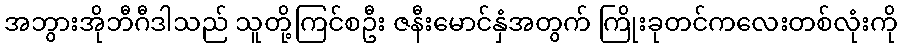
အဘွားအိုဘီဂီဒါသည် သူတို့ကြင်စဦး ဇနီးမောင်နှံအတွက် ကြိုးခုတင်ကလေးတစ်လုံးကို